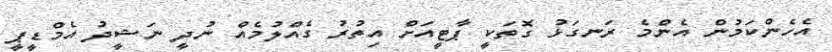
އެހެންކަމުން އެންމެ ރަނގަޅު ގޮތަކީ ޕާޓީއަށް އިތުރު ގެއްލުމެއް ނުދީ ނަޝީދު އެމްޑީޕީ